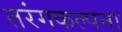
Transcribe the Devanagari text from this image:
तरंगकल्पना